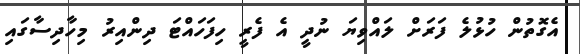
އެގޮތުން ހުޅުލެ ފަރަށް ލައްވިޔަ ނުދީ އެ ފެރީ ހިފަހައްޓަ ދިންއިރު މިހާދިސާގައި